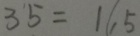
3 5 = 1 ( , 5